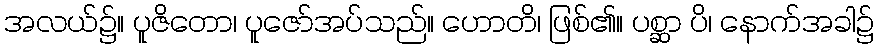
အလယ်၌။ ပူဇိတော၊ ပူဇော်အပ်သည်။ ဟောတိ၊ ဖြစ်၏။ ပစ္ဆာ ပိ၊ နောက်အခါ၌